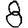
Digit: 8